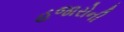
હજારોની